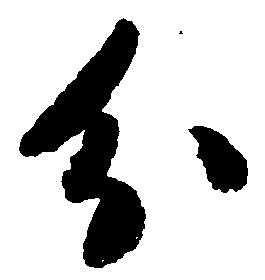
分